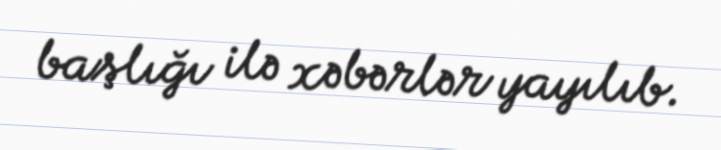
başlığı ilə xəbərlər yayılıb.